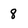
Character: 8